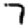
Digit: 7